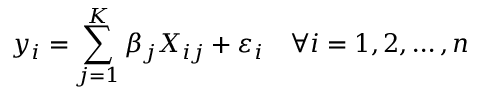
y _ { i } = \sum _ { j = 1 } ^ { K } \beta _ { j } X _ { i j } + \varepsilon _ { i } \quad \forall i = 1 , 2 , \ldots , n